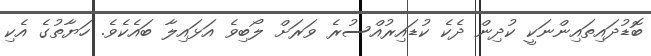
ބޮޑުދައިތައިންނަކީ ކުދިން ދެކެ ކުޑައިރުއްސުރެ ވަރަށް ލޯބިވެ އަޅައިލާ ބައެކެވެ. ހަޔާތުގެ އެކި